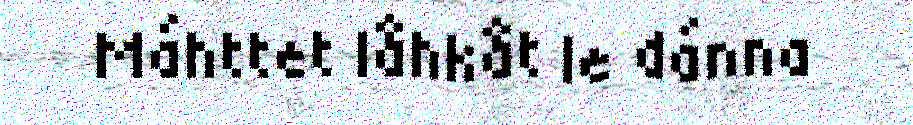
Máhttet låhkåt le dánna